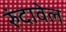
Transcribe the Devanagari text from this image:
रुंदावेल